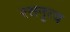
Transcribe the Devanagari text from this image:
रसनृत्य